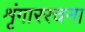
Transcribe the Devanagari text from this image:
शृंगाररचना